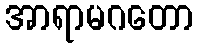
အာရာမဂတော